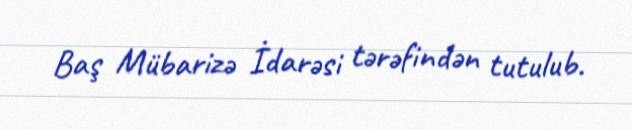
Baş Mübarizə İdarəsi tərəfindən tutulub.